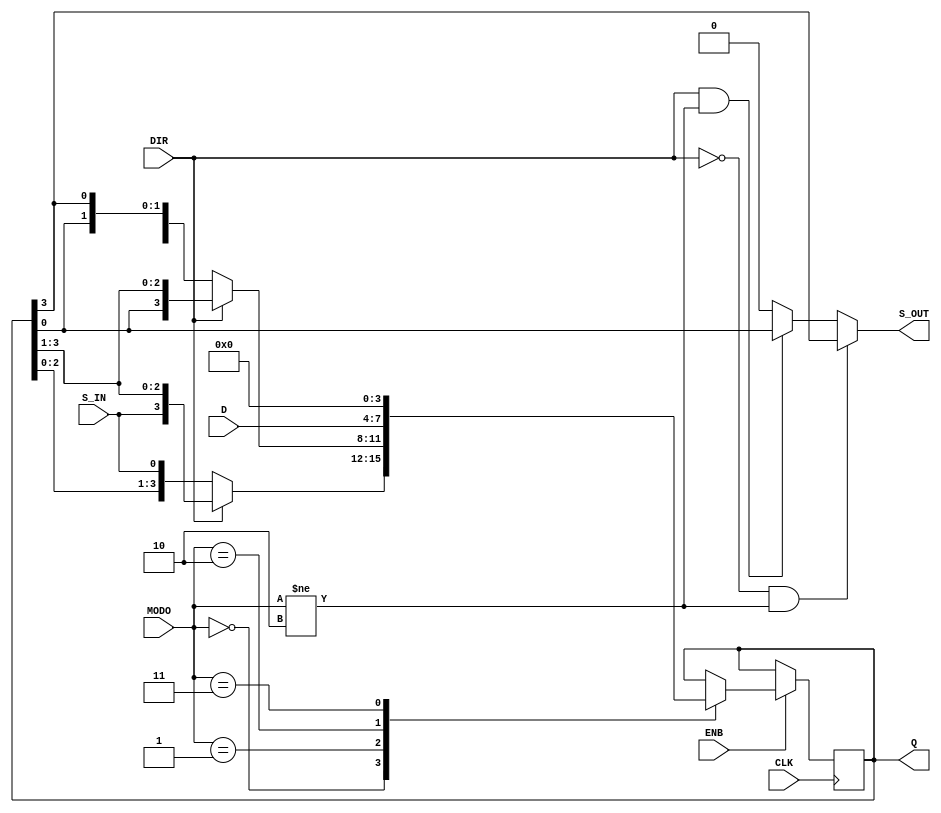
/*---------------Jorge Munoz Taylor---------------*/
/*-----------University of Costa Rica-------------*/
/*--------------Digital Circuits 2----------------*/
/*-------------------I-2018-----------------------*/
module register4(
	input 				CLK, 	//Clock input
	input 				ENB, 	//Counter enable, LOW active
	input 				DIR, 	//0 left shifting, 1 right shifting
	input 				S_IN, 	//Ripple carry input
	input 		[1:0] 	MODO, 	//Change operation modes
	input 		[3:0]	D, 		//Parallel input
	output reg 	[3:0] 	Q, 		//Parallel output
	output reg 		 	S_OUT 	//Ripple carry output
);
//***********************************************************
	localparam [1:0] SHIFT 		= 2'b00,
					 CIRC_SHIFT = 2'b01,
					 PARA_LOAD 	= 2'b10,
					 AVOID_MODE = 2'b11;

	localparam	LEFT  = 1'b0,
				RIGHT = 1'b1;

	always @(*)	if 		(DIR == LEFT  && MODO != PARA_LOAD) S_OUT = Q[3];
				else if (DIR == RIGHT && MODO != PARA_LOAD) S_OUT = Q[0];
				else 	S_OUT = 0;

	always @(posedge CLK)	if(ENB == 1)
							case(MODO) 
			    				SHIFT: 	if		(DIR == LEFT) 	Q[3:0] <= {Q[2:0], S_IN};
										else if	(DIR == RIGHT) 	Q[3:0] <= {S_IN, Q[3:1]};							
						
								CIRC_SHIFT:	if		(DIR == LEFT) 	Q[3:0] <= {Q[2:0],Q[3]};		
											else if	(DIR == RIGHT)	Q[3:0] <= {Q[0],Q[3:1]};
					
								PARA_LOAD: 	Q <= D;

								AVOID_MODE: Q <= 4'b0; //Avoid this case
							endcase 
	
endmodule
/*----------------------------------------------------*/